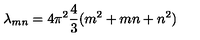
\lambda _ { m n } = 4 \pi ^ { 2 } { \frac { 4 } { 3 } } ( m ^ { 2 } + m n + n ^ { 2 } )